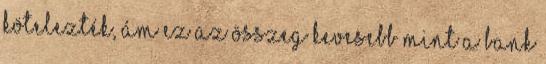
kötelezték, ám ez az összeg kevesebb mint a bank